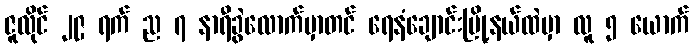
ဇူလိုင် ၂၉ ရက် ည ၇ နာရီခွဲလောက်မှာတင် ရေနံချောင်းမြို့နယ်ထဲမှာ လူ ၅ ယောက်